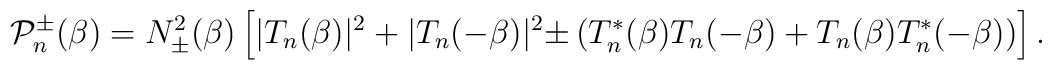
{\cal P}_{n}^{\pm }(\beta )=N_{\pm }^{2}(\beta )\left[|T_{n}(\beta )|^{2}+|T_{n}(-\beta )|^{2}{\pm }\left(T_{n}^{*}(\beta )T_{n}(-\beta)+T_{n}(\beta )T_{n}^{*}(-\beta )\right)\right].